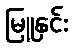
မြူနှင်း